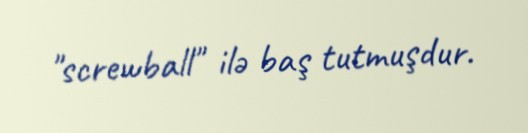
"screwball" ilə baş tutmuşdur.